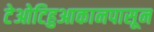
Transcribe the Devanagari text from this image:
टेओटिहुआकानपासून